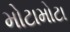
મોટામોટા